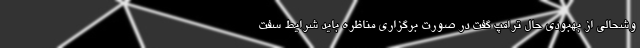
وشحالی از بهبودی حال ترامپ گفت در صورت برگزاری مناظره باید شرایط سفت